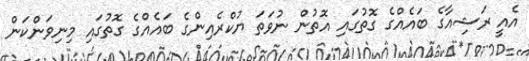
އެއީ ރަޝިއާގެ ބައެއްގެ ގޮތުގައި އޮތުން ނުވަތަ ޔުކްރެއިންގެ ބައެއްގެ ގޮތުގައި މިނިވަންކަން